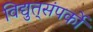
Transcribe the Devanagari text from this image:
विद्युत्‌संपर्को